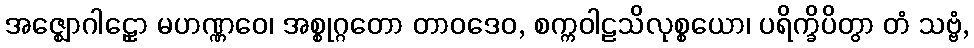
အဇ္ဈောဂါဠှော မဟဏ္ဏဝေ၊ အစ္စုဂ္ဂတော တာဝဒေဝ, စက္ကဝါဠသိလုစ္စယော၊ ပရိက္ခိပိတွာ တံ သဗ္ဗံ,